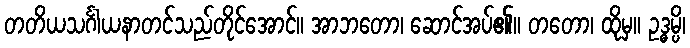
တတိယသင်္ဂါယနာတင်သည်တိုင်အောင်။ အာဘတော၊ ဆောင်အပ်၏။ တတော၊ ထိုမှ။ ဥဒ္ဓမ္ပိ၊